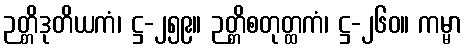
ဉတ္တိဒုတိယကံ၊ ဋ္ဌ-၂၅၉။ ဉတ္တိစတုတ္ထကံ၊ ဋ္ဌ-၂၆၀။ ကမ္မာ